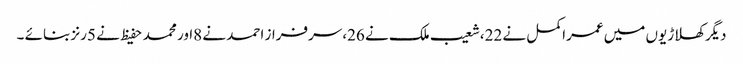
دیگرکھلاڑیوں میں عمراکمل نے 22،شعیب ملک نے 26،سرفراز احمد نے 8اور محمد حفیظ نے 5رنز بنائے ۔